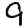
Digit: 9